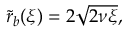
\begin{array} { r } { \tilde { r } _ { b } ( \xi ) = 2 \sqrt { 2 \nu \xi } , } \end{array}